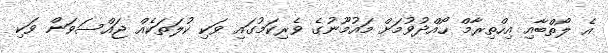
އެ ލޯތްބާއި އިހްތިރާމް ހޯއްދުވުމަށް މައުމޫނުގެ ވެރިކަމުގައި ވަކި ކުލަތަކެއް ޖައްސަވަން ވަކި